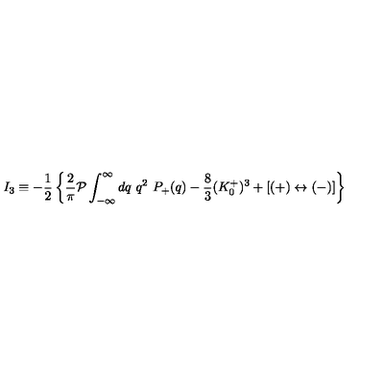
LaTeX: I _ { 3 } \equiv - { \frac { 1 } { 2 } } \left\{ { \frac { 2 } { \pi } } { \cal P } \int _ { - \infty } ^ { \infty } d q \ q ^ { 2 } \ P _ { + } ( q ) - { \frac { 8 } { 3 } } ( K _ { 0 } ^ { + } ) ^ { 3 } + [ ( + ) \leftrightarrow ( - ) ] \right\}